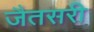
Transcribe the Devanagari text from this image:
जैतसरी